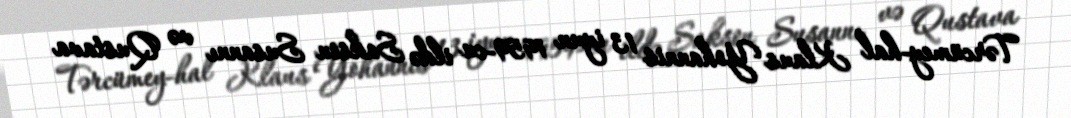
Tərcümey-hal Klaus Yohannis 13 iyun 1959-cu ildə Sakson Susannı və Qustava